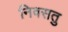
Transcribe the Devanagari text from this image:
निवसतु